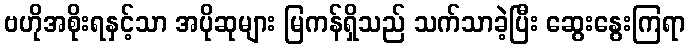
ဗဟိုအစိုးရနှင့်သာ အပိုဆုများ မြကန်ရှိသည် သက်သာခဲ့ပြီး ဆွေးနွေးကြရာ